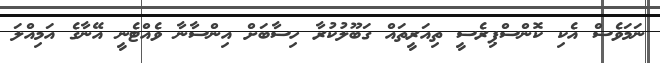
ނަމަވެސް އެކި ކޮންސްޕިރެސީ ތިއަރީތައް ގަބޫލުކުރާ ހިސާބަށް އިންސާނާ ވެއްޓެނީ އޭނާގެ އަމިއްލަ